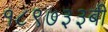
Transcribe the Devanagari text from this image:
१८९७३३बी